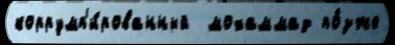
коррумп'и́рованный  мохаммад по́зже